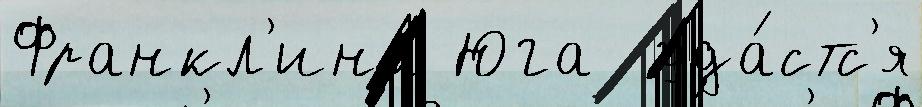
Франкл'ина Юга  уда́стс'я